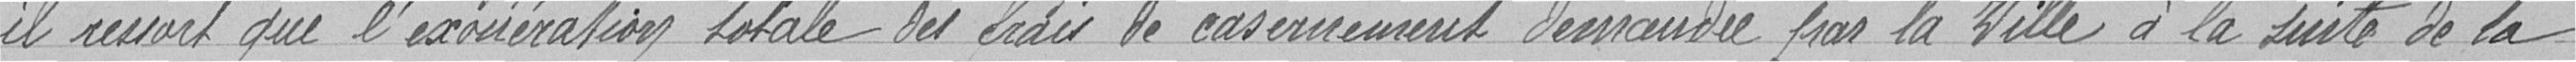
il ressort que l'exonération totale des frais de casernement demandé par la Ville à la suite de la